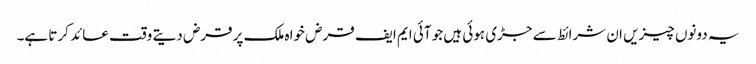
یہ دونوں چیزیں ان شرائط سے جڑی ہوئی ہیں جو آئی ایم ایف قرض خواہ ملک پر قرض دیتے وقت عائد کرتا ہے۔